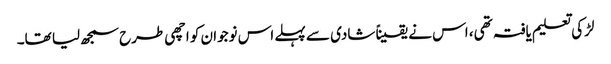
لڑکی تعلیم یافتہ تھی، اس نے یقیناً شادی سے پہلے اس نوجوان کو اچھی طرح سمجھ لیا تھا۔